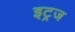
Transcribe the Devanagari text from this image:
इट्रज